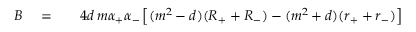
\begin{array} { r l r } { B } & { { } = } & { \quad 4 d \, m \alpha _ { + } \alpha _ { - } \left[ ( m ^ { 2 } - d ) ( R _ { + } + R _ { - } ) - ( m ^ { 2 } + d ) ( r _ { + } + r _ { - } ) \right] } \end{array}